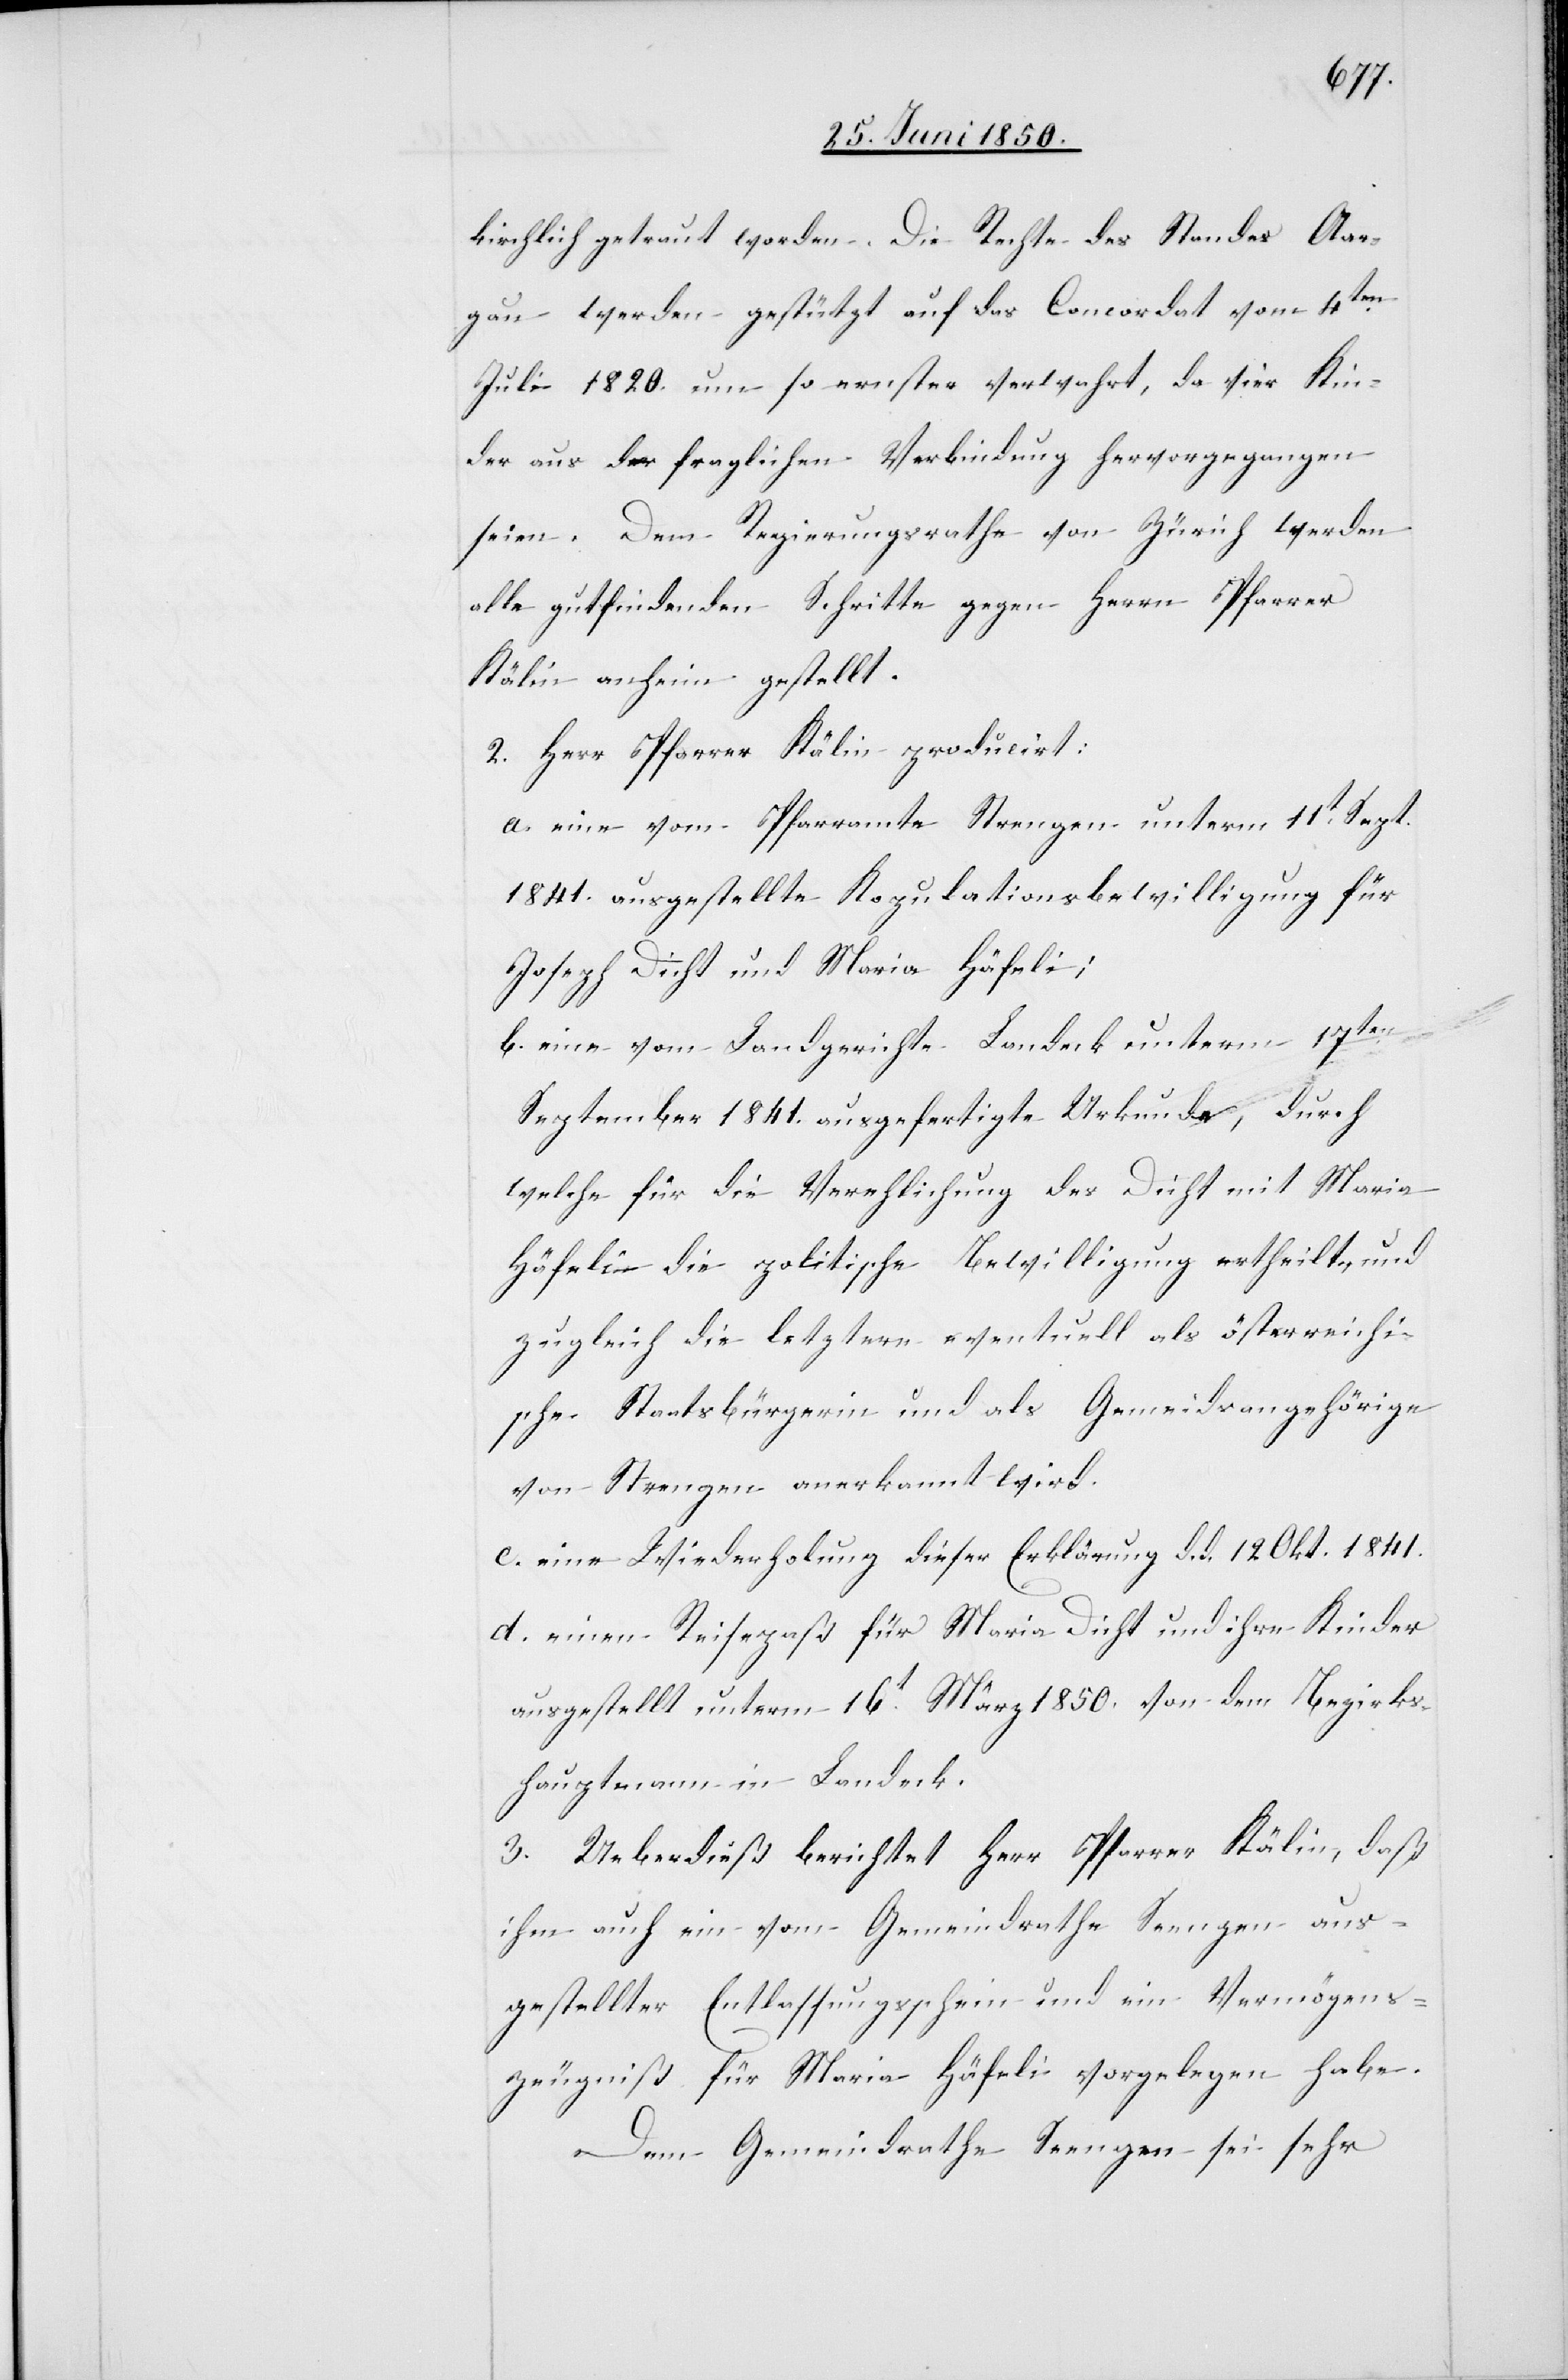
kirchlich getraut worden. Die Rechte des Standes Aar¬
gau werden gestützt auf das Concordat vom 4ten
Juli 1820. um so ernster verwahrt, da vier Kin¬
der aus der fraglichen Verbindung hervorgegangen
seien. Dem Regierungsrathe von Zürich werden
alle gutfindenden Schritte gegen Herrn Pfarrer
Kälin anheim gestellt.
2. Herr Pfarrer Kälin producirt:
a. eine vom Pfarramte Strengen unterm 11t Sept.
1841. ausgestellte Kopulationsbewilligung für
Joseph Dicht und Maria Häfeli;
b. eine vom Landgerichte Landeck unterm 17ten
September 1841. ausgefertigte Urkunde, durch
welche für die Verehlichung des Dicht mit Maria
Häfeli die politische Bewilligung ertheilt, und
zugleich die letztere eventuell als österreichi¬
sche Staatsbürgerin und als Gemei[n]dsangehörige
von Strengen anerkannt wird.
c. eine Wiederholung dieser Erklärung d. d. 12 Okt. 1841.
d. einen Reisepaß für Maria Dicht und ihre Kinder
ausgestellt unterm 16t März 1850. von dem Bezirks¬
hauptmann in Landeck.
3. Ueberdieß berichtet Herr Pfarrer Kälin, daß
ihm auch ein vom Gemeindrathe Seengen aus¬
gestellter Entlassungsschein und ein Vermögens¬
zeugniß für Maria Häfeli vorgelegen habe.
Dem Gemeindrathe Seengen sei sehr